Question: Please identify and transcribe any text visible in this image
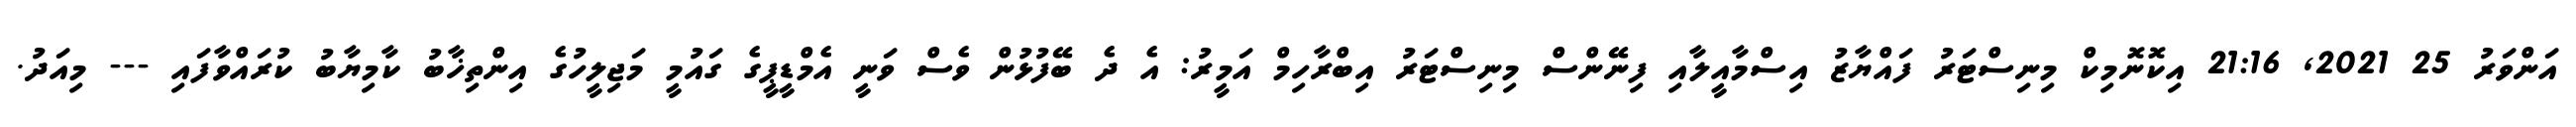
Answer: އަންވަރު 25 2021, 21:16 އިކޮނޮމިކް މިނިސްޓަރު ފައްޔާޒު އިސްމާއީލާއި ފިނޭންސް މިނިސްޓަރު އިބްރާހިމް އަމީރު: އެ ދެ ބޭފުޅުން ވެސް ވަނީ އެމްޑީޕީގެ ގައުމީ މަޖިލީހުގެ އިންތިޚާބު ކާމިޔާބު ކުރައްވާފައި --- މިއަދު.